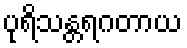
ပုရိသန္တရဂတာယ